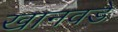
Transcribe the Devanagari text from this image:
खानवडे